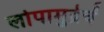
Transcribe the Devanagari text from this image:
लोपामुद्रेचें